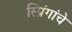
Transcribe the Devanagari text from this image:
स्प्रिंगांचे